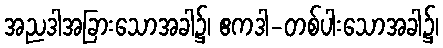
အညဒါအခြားသောအခါ၌၊ ဧကဒါ-တစ်ပါးသောအခါ၌၊